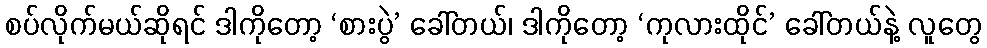
စပ်လိုက်မယ်ဆိုရင် ဒါကိုတော့ ‘စားပွဲ’ ခေါ်တယ်၊ ဒါကိုတော့ ‘ကုလားထိုင်’ ခေါ်တယ်နဲ့ လူတွေ